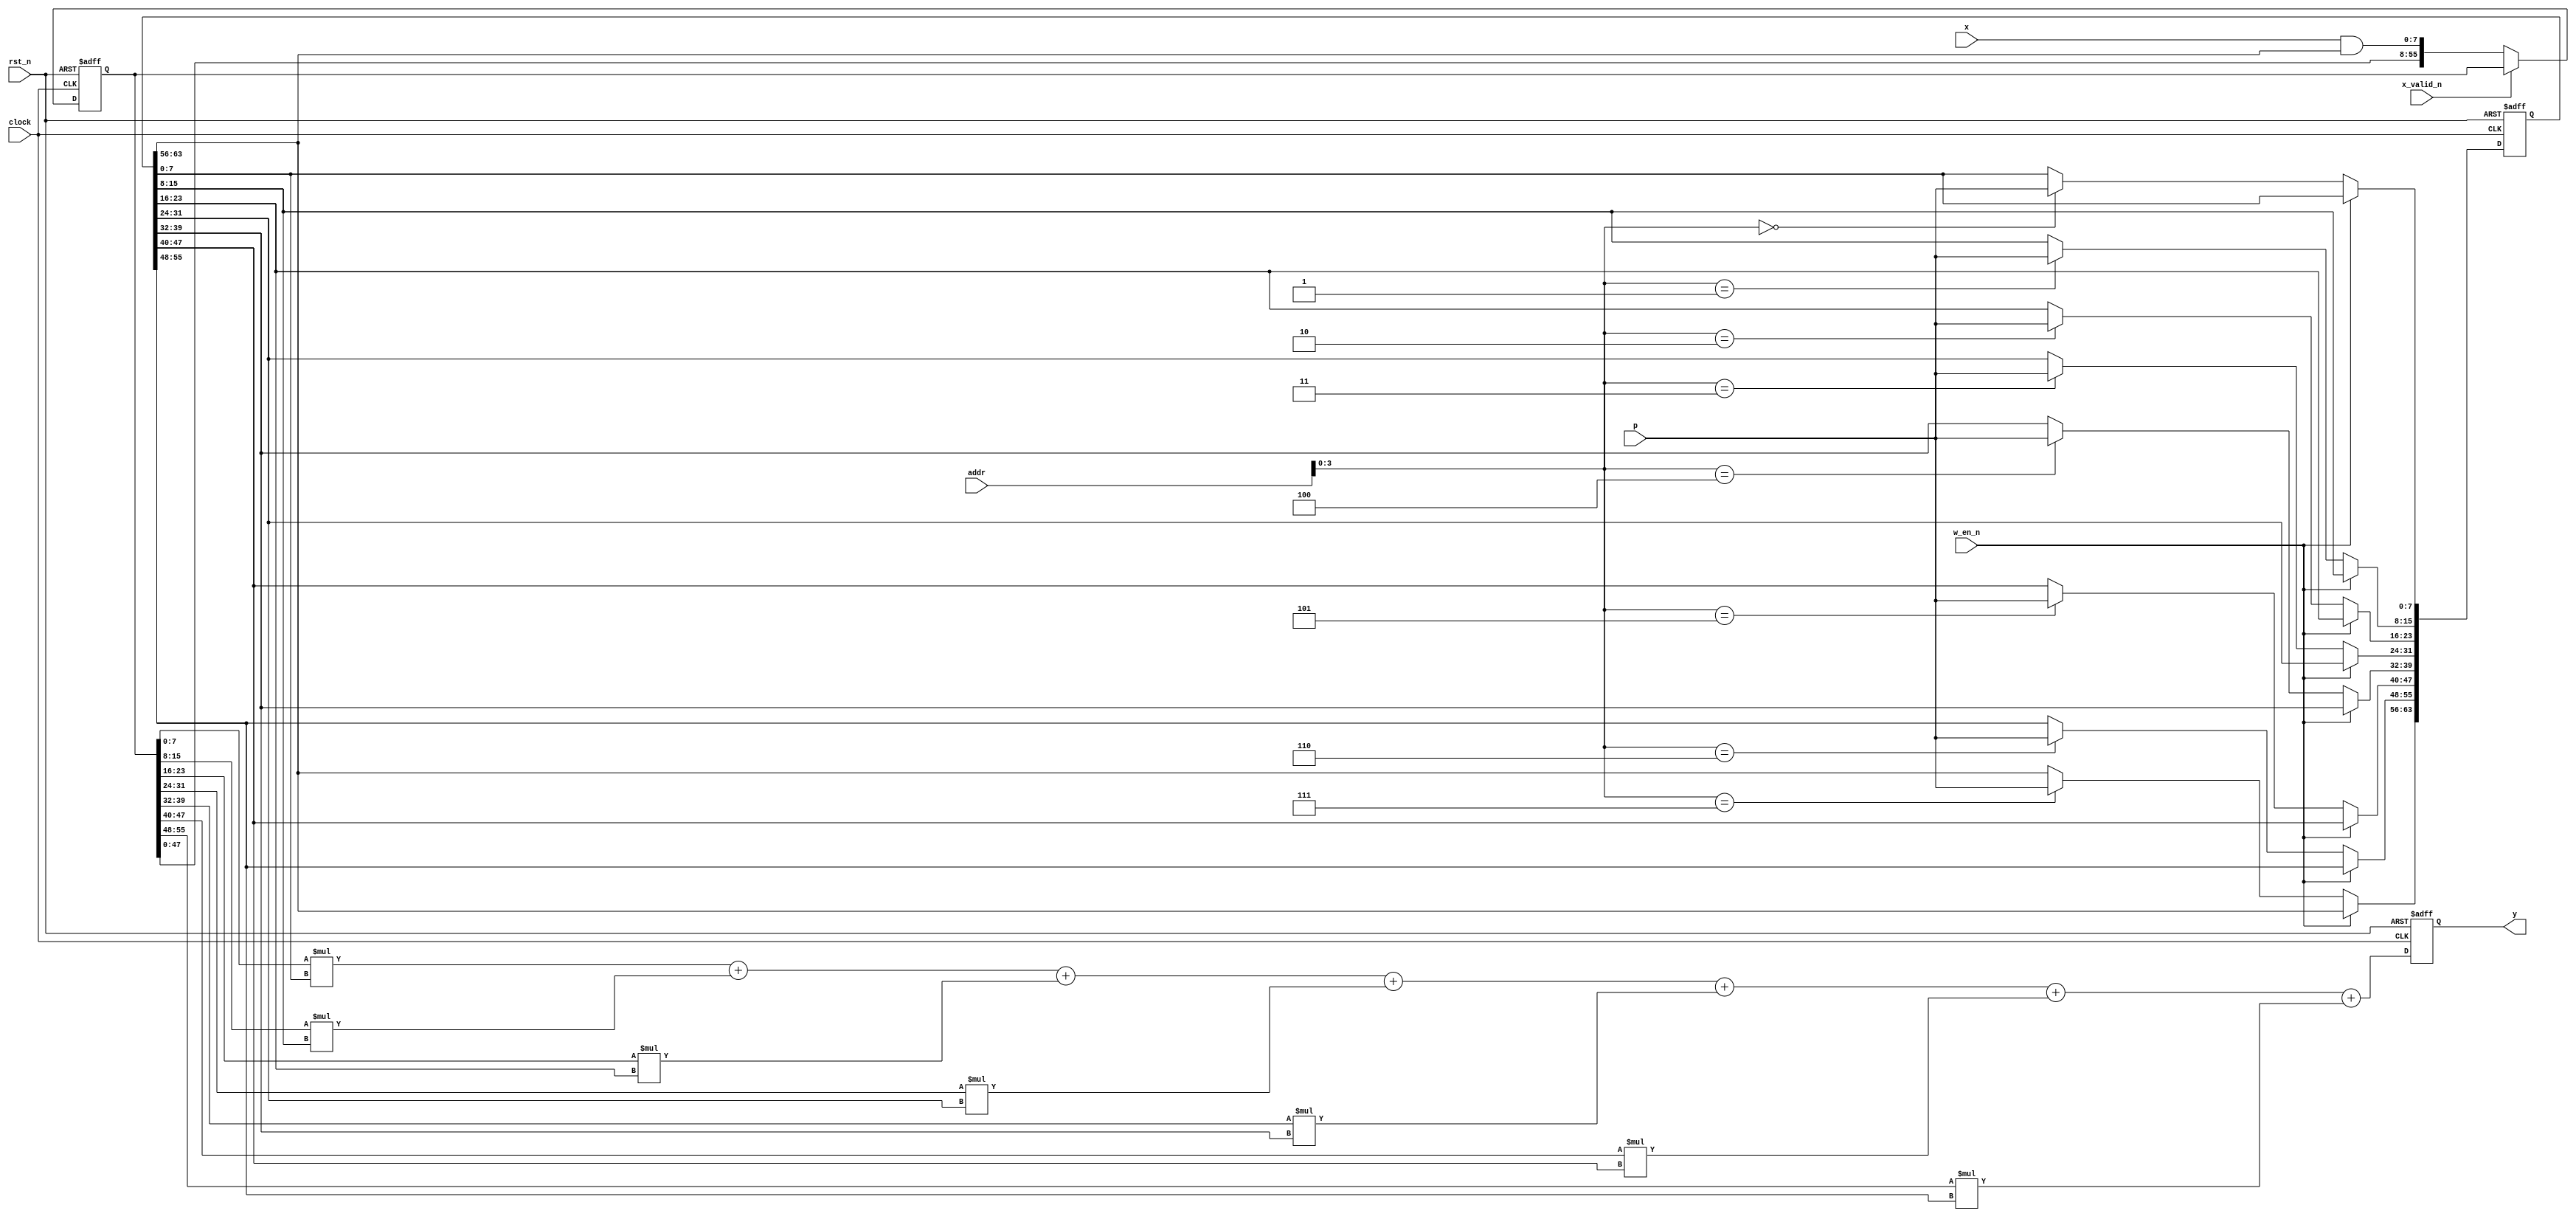
module filter(
    input   clock,
    input   rst_n,

    // filter configuration port
    input   w_en_n,         // cpu write enable
    input   [7 : 0] p,
    input   [15: 0] addr,

    // signal input
    input   x_valid_n,
    input   [7 : 0] x,

    // signal output
    output  reg [7 : 0] y
    );

    reg [8*8-1 : 0] param;  // filter parameter
                            // first 7 byte as b
                            // the last byte is mask
    reg [7*8-1 : 0] x_arr;  // input signal

    // filter configuration
    always @ (posedge clock or negedge rst_n) begin
        if (~rst_n) begin
            param <= 64'd0;
        end
        else if (~w_en_n) begin
            case(addr[3 : 0])
            4'b0000: param[7 : 0] <= p;
            4'b0001: param[15: 8] <= p;
            4'b0010: param[23:16] <= p;
            4'b0011: param[31:24] <= p;
            4'b0100: param[39:32] <= p;
            4'b0101: param[47:40] <= p;
            4'b0110: param[55:48] <= p;
            4'b0111: param[63:56] <= p;
            endcase
        end
    end

    // input signal as time series
    always @ (posedge clock or negedge rst_n) begin
        if (~rst_n) begin
            x_arr <= 56'd0;
        end
        else if (~x_valid_n) begin
            x_arr <= {x_arr[47: 0], (x & param[63:56])};
        end
    end

    // calculation
    always @ (posedge clock or negedge rst_n) begin
        if (~rst_n) begin
            y <= 8'd0;
        end
        else begin
            y <= x_arr[7 : 0] * param[7 : 0] +
                 x_arr[15: 8] * param[15: 8] +
                 x_arr[23:16] * param[23:16] +
                 x_arr[31:24] * param[31:24] +
                 x_arr[39:32] * param[39:32] +
                 x_arr[47:40] * param[47:40] +
                 x_arr[55:48] * param[55:48];
        end
    end

endmodule